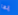
إنها